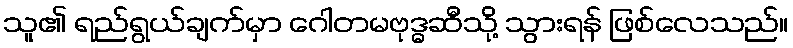
သူ၏ ရည်ရွယ်ချက်မှာ ဂေါတမဗုဒ္ဓဆီသို့ သွားရန် ဖြစ်လေသည်။